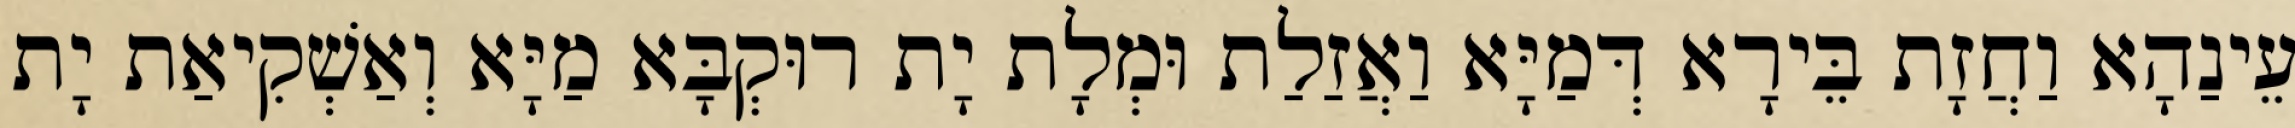
עֵינַהָא וַחֲזָת בֵּירָא דְּמַיָּא וַאֲזַלַת וּמְלָת יָת רוּקְבָּא מַיָּא וְאַשְׁקִיאַת יָת